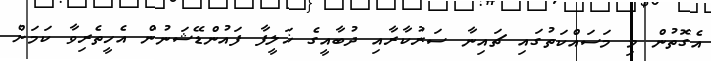
އެގޮތުން މި މަސައްކަތުގައި ޗައިނާ ސަރުކާރާއި ދުބާއީގެ ޚަލީފާ ފައުންޑޭޝަނުން އެހީތެރިވާ ކަމަށް